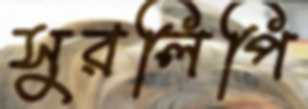
সুরলিপি